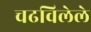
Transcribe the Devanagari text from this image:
चढविलेले